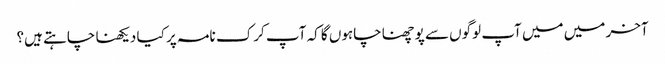
آخر میں میں آپ لوگوں سے پوچھنا چاہوں گا کہ آپ کرک نامہ پر کیا دیکھنا چاہتے ہیں؟